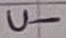
Text: U-